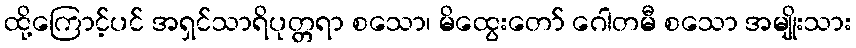
ထို့ကြောင့်ပင် အရှင်သာရိပုတ္တရာ စသော၊ မိထွေးတော် ဂေါတမီ စသော အမျိုးသား